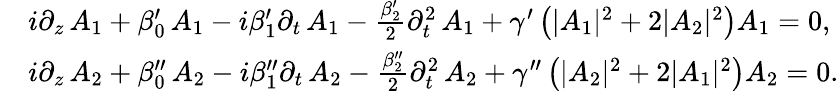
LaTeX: \begin{array}{rl}&{i\partial_{z}\, A_{1}+\beta_{0}^{\prime}\, A_{1}-i\beta_{1}^{\prime}\partial_{t}\, A_{1}-\frac{\beta_{2}^{\prime}}{2}\partial_{t}^{2}\, A_{1}+\gamma^{\prime}\left(|A_{1}|^{2}+2|A_{2}|^{2}\right)A_{1}=0,}\\ &{i\partial_{z}\, A_{2}+\beta_{0}^{\prime\prime}\, A_{2}-i\beta_{1}^{\prime\prime}\partial_{t}\, A_{2}-\frac{\beta_{2}^{\prime\prime}}{2}\partial_{t}^{2}\, A_{2}+\gamma^{\prime\prime}\left(|A_{2}|^{2}+2|A_{1}|^{2}\right)A_{2}=0.}\end{array}